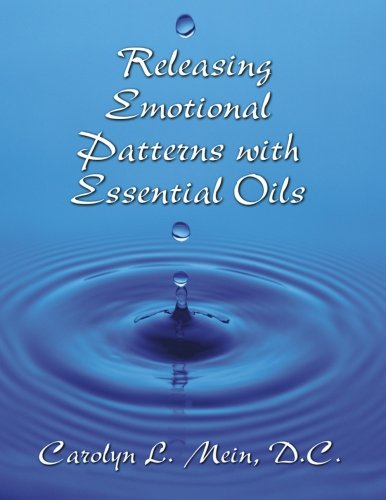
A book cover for Releasing Emotional Patterns with Essential Oils; Carolyn L Mein D.C.; Self-Help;